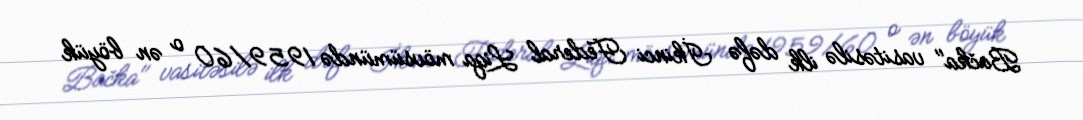
Bačka" vasitəsilə ilk dəfə İkinci Federal Liqa mövsümündə 1959/60 o ən böyük